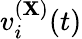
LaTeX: v_{i}^{(\mathbf{X})}(t)